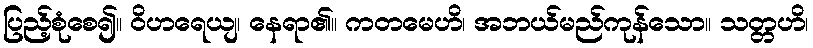
ပြည့်စုံစေ၍။ ဝိဟရေယျ၊ နေရာ၏။ ကတမေဟိ၊ အဘယ်မည်ကုန်သော။ သတ္တဟိ၊